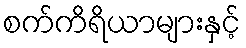
စက်ကိရိယာများနှင့်